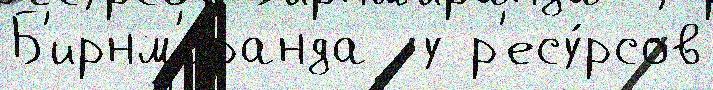
Б'ирнм'иранда  у р'есу́рсов